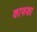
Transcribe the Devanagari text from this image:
काफका